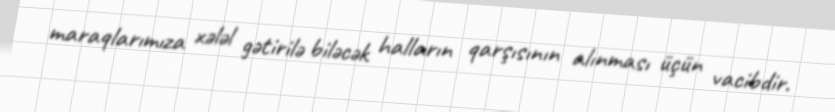
maraqlarımıza xələl gətirilə biləcək halların qarşısının alınması üçün vacibdir.